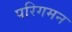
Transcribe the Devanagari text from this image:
परिगमन